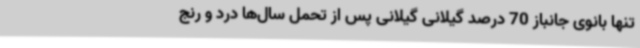
تنها بانوی جانباز 70 درصد گیلانی گیلانی پس از تحمل سال‌ها درد و رنج